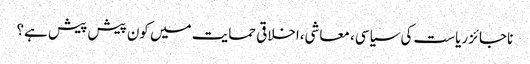
ناجائز ریاست کی سیاسی، معاشی،اخلاقی حمایت میں کون پیش پیش ہے؟